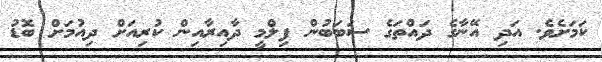
ކަމަށެވެ. އަދި އޭނާގެ ދައްތަގެ ސަބަބުން ފިލްމީ ދާއިރާއިން ކުރިއަށް ދިއުމަށް ބޮޑު